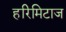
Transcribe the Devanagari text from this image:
हरिमिटाज